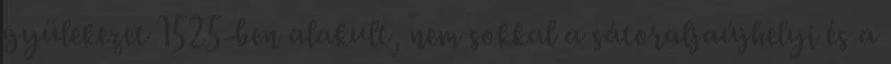
gyülekezet 1525-ben alakult, nem sokkal a sátoraljaújhelyi és a